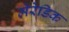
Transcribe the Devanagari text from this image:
मेरेडिक